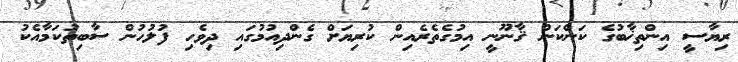
ރިޔާސީ އިންތިޚާބުގެ ކަންކަން ޤާނޫނީ އިމުގެތެރެއިން ކުރިޔަށް ގެންދިއުމުގައި ދިވެހި ފުލުހުން ސާބިތުކަމާއެކު